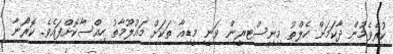
ކުރެވެމުން ދާކަމަށް ހެލްތު މިނިސްޓރީން ވަނީ މީޑިއާ ތަކަށް މައުލޫމާތު ހިއްސާކޮށްފައެވެ. ކޮރޯނާ